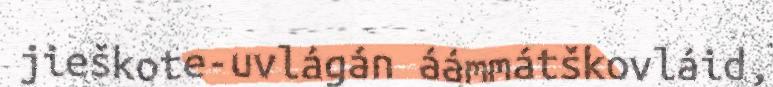
jieškote-uvlágán áámmátškovláid,